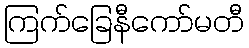
ကြက်ခြေနီကော်မတီ